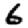
Digit: 6